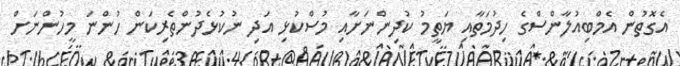
އެގޮތުން އެމްބިއުލާންސްގެ ހިދުމަތާއި ޔަތީމު ކުދިންނަށާއި މުސްކުޅި އަދި ނުކުޅެދުންތެރިކަން ހުންނަ މީހުންނަށް